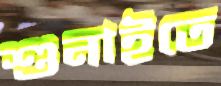
শুনাইতে